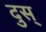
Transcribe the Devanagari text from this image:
दुस्